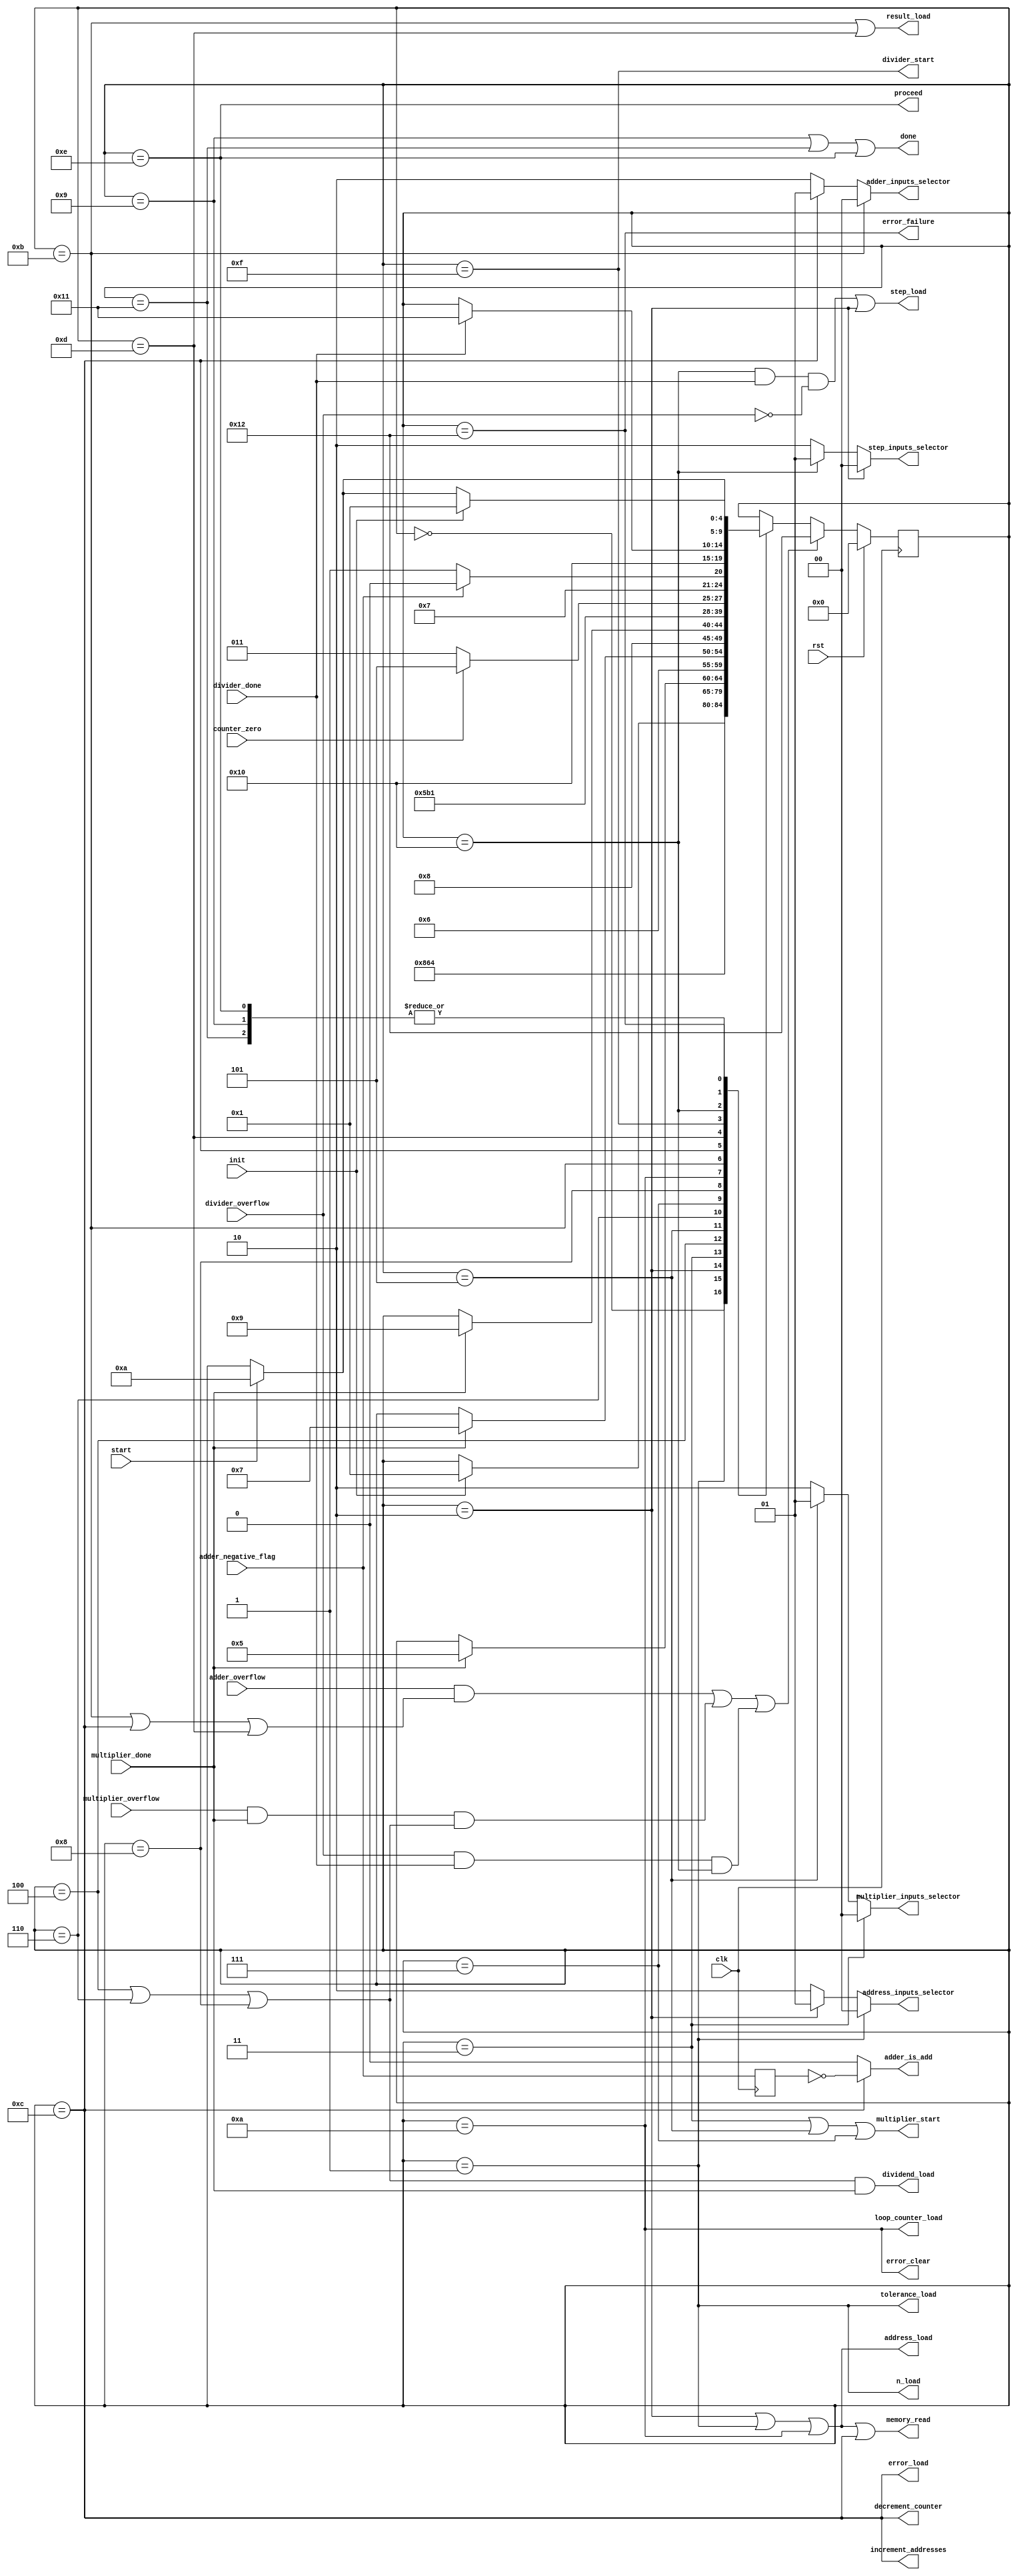
module StepControlFSM 
(
input clk, rst, init, start, multiplier_done, divider_done, adder_overflow, multiplier_overflow, 
	  divider_overflow, adder_negative_flag, counter_zero,
output error_load, n_load, tolerance_load, memory_read, step_load, adder_is_add, error_clear, 
		done, proceed, multiplier_start, divider_start, address_load, loop_counter_load, 
		decrement_counter, increment_addresses, result_load, 
		error_failure, dividend_load,
output [1:0] adder_inputs_selector, multiplier_inputs_selector, address_inputs_selector, 
	    step_inputs_selector
);
	reg [4:0] current_state;
	reg is_negative;
	reg calculation_error;

	//States
	localparam IDLE = 5'd0, READ_N_TOLERANCE = 5'd1, READ_STEP = 5'd2, 
			   INIT_CALC_DIV1 = 5'd3, WAIT_FOR_CALC_DIV1 = 5'd4,
			   INIT_CALC_DIV2 = 5'd5, WAIT_FOR_CALC_DIV2 = 5'd6,
			   INIT_CALC_DIV3 = 5'd7, WAIT_FOR_CALC_DIV3 = 5'd8,
			   DONE_INIT = 5'd9, INIT_ERROR_CALC = 5'd10,
			   SUB_X  = 5'd11, ACCUMULATE_ERROR = 5'd12, IS_TOLERABLE = 5'd13, DONE_PROCEED = 5'd14,
			   INIT_CALC_NEW_STEP = 5'd15, WAIT_FOR_CALC_NEW_STEP = 5'd16,
			   DONE_NO_PROCEED = 5'd17, ERROR = 5'd18;
	
	// Control signals
	assign error_load = current_state == ACCUMULATE_ERROR;
	assign decrement_counter = current_state == ACCUMULATE_ERROR;
	assign increment_addresses = current_state == ACCUMULATE_ERROR;
	assign n_load = current_state == READ_N_TOLERANCE;
	assign tolerance_load = current_state == READ_N_TOLERANCE;
	assign memory_read = current_state == READ_STEP | current_state == READ_N_TOLERANCE | 
						 current_state == INIT_ERROR_CALC | current_state == ACCUMULATE_ERROR;
	assign step_load = (current_state == WAIT_FOR_CALC_NEW_STEP & divider_done & !divider_overflow) | 
						current_state == READ_STEP;
	assign adder_is_add = current_state == ACCUMULATE_ERROR ? !is_negative : 0;
	assign error_clear = current_state == INIT_ERROR_CALC;
	assign done = current_state == DONE_INIT | current_state == DONE_NO_PROCEED | 
				  current_state == DONE_PROCEED;
	assign proceed = current_state == DONE_PROCEED;
	assign multiplier_start = current_state == INIT_CALC_DIV1 | current_state == INIT_CALC_DIV2 | 
							  current_state == INIT_CALC_DIV3;
	assign divider_start = current_state == INIT_CALC_NEW_STEP;
	assign loop_counter_load = current_state == INIT_ERROR_CALC;
	assign address_load = current_state == READ_STEP | current_state == READ_N_TOLERANCE | 
						  current_state == INIT_ERROR_CALC;
	assign result_load =  current_state == SUB_X  | current_state == IS_TOLERABLE;
	assign dividend_load = (current_state == WAIT_FOR_CALC_DIV1 | current_state == WAIT_FOR_CALC_DIV2 | 
						   current_state == WAIT_FOR_CALC_DIV3) & multiplier_done;
	assign error_failure = current_state == ERROR;

	
	// Inputs selectors
	assign adder_inputs_selector = current_state == SUB_X  ? 
								   2'b00 : (current_state == ACCUMULATE_ERROR ? 2'b01 : 2'b10);
	assign multiplier_inputs_selector = current_state == INIT_CALC_DIV1 ? 
										2'b00 : (current_state == INIT_CALC_DIV2 ? 2'b01 : 2'b10);
	assign address_inputs_selector = current_state == READ_N_TOLERANCE ? 
									 2'b00 : (current_state == READ_STEP ? 2'b01 : 2'b10);
	assign step_inputs_selector = current_state == READ_STEP ? 
								  2'b00 : (current_state == WAIT_FOR_CALC_NEW_STEP ? 2'b01 : 2'b10);
	
			
	// State transitions
	always @(posedge clk) 
	begin
		is_negative = adder_negative_flag;

		calculation_error = (adder_overflow & 
							   (current_state == SUB_X | 
							    current_state == ACCUMULATE_ERROR | 
								current_state == IS_TOLERABLE)) |
							   (multiplier_overflow & multiplier_done &
							   (current_state == WAIT_FOR_CALC_DIV1 |
							    current_state == WAIT_FOR_CALC_DIV2 |
								current_state == WAIT_FOR_CALC_DIV3)) |
							   (divider_overflow & divider_done &
							    (current_state == WAIT_FOR_CALC_NEW_STEP));
		if(rst)
			current_state = IDLE;
		else if(calculation_error)
			current_state = ERROR;
		else
		begin
			case(current_state)
				IDLE: 
				begin
					if(init)
						current_state = READ_N_TOLERANCE;
				end
				READ_N_TOLERANCE:
				begin
					current_state = READ_STEP;
				end
				READ_STEP:
				begin
					current_state = INIT_CALC_DIV1;
				end
				INIT_CALC_DIV1:
				begin
					current_state = WAIT_FOR_CALC_DIV1;
				end
				WAIT_FOR_CALC_DIV1:
				begin
					if(multiplier_done)
						current_state = INIT_CALC_DIV2;
				end
				INIT_CALC_DIV2:
				begin
					current_state = WAIT_FOR_CALC_DIV2;
				end
				WAIT_FOR_CALC_DIV2:
				begin
					if(multiplier_done)
						current_state = INIT_CALC_DIV3;
				end
				INIT_CALC_DIV3:
				begin
					current_state = WAIT_FOR_CALC_DIV3;
				end
				WAIT_FOR_CALC_DIV3:
				begin
					if(multiplier_done)
						current_state = DONE_INIT;
				end
				DONE_INIT:
				begin
					if(start)
						current_state = INIT_ERROR_CALC;
				end
				INIT_ERROR_CALC:
				begin
					current_state = SUB_X; 
				end
				SUB_X: 
				begin
					current_state = ACCUMULATE_ERROR;
				end
				ACCUMULATE_ERROR:
				begin
					if(counter_zero)
						current_state = IS_TOLERABLE;
					else
						current_state = SUB_X; 
				end
				IS_TOLERABLE:
				begin
					if(adder_negative_flag)
						current_state = DONE_PROCEED;
					else
						current_state = INIT_CALC_NEW_STEP;
				end
				DONE_PROCEED:
				begin
					if(start)
						current_state = INIT_ERROR_CALC;
				end
				INIT_CALC_NEW_STEP:
				begin
					current_state = WAIT_FOR_CALC_NEW_STEP;
				end
				WAIT_FOR_CALC_NEW_STEP:
				begin
					if(divider_done)
						current_state = DONE_NO_PROCEED;
				end
				DONE_NO_PROCEED:
				begin
					if(start)
						current_state = INIT_ERROR_CALC;
				end
				ERROR:
				begin
					if(init)
						current_state = READ_N_TOLERANCE;
					else if(start)
						current_state = INIT_ERROR_CALC;
				end
			endcase
		end
	end
endmodule